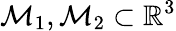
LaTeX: \mathcal{M}_{1},\mathcal{M}_{2}\subset\mathbb{R}^{3}